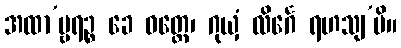
အထာ’မ္ဗရဉ္စ ခေ ဝတ္ထေ၊ ဂုယှံ လိင်္ဂေ ရဟသျ’ပိ။